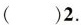
（）2.